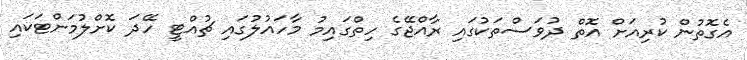
އެގޮތުން ކުރިއަށް އޮތް ދުވަސްތަކުގައި ރާއްޖޭގެ ހިތްގައިމު މާހައުލުގައި ޗުއްޓީ ހޭދަ ކޮށްލުމަށްޓަކައި